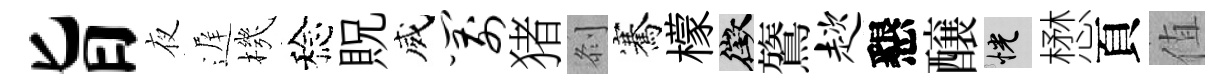
旨夜遅機稔貺威箭猪𠛴騫檬徵鷟趑懇醸恍懋頁值